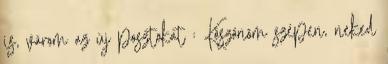
is, várom az új posztokat : Köszönöm szépen, neked